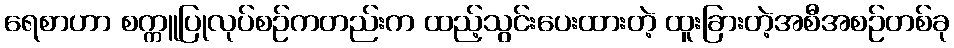
ရေစာဟာ စက္ကူပြုလုပ်စဉ်ကတည်းက ထည့်သွင်းပေးထားတဲ့ ထူးခြားတဲ့အစီအစဉ်တစ်ခု